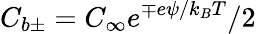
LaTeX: C_{b\pm}=C_{\infty}e^{\mp e\psi/k_{B}T}/2